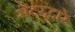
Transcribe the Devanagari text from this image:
सेंटरद्वारे